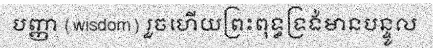
បញ្ញា (wisdom) រួចហើយព្រះពុទ្ធទ្រង់មានបន្ទូល